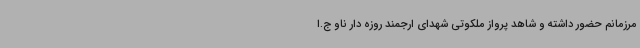
مرزمانم حضور داشته و شاهد پرواز ملکوتی شهدای ارجمند روزه دار ناو ج.ا